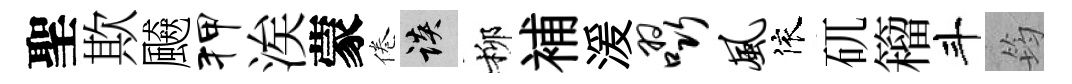
聖欺飇狎涘蒙倦談柳補湲啜风依矹籕斗筠